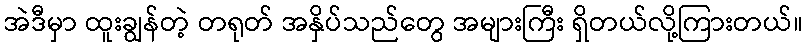
အဲဒီမှာ ထူးချွန်တဲ့ တရုတ် အနှိပ်သည်တွေ အများကြီး ရှိတယ်လို့ကြားတယ်။